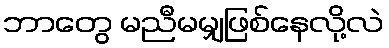
ဘာတွေ မညီမမျှဖြစ်နေလို့လဲ